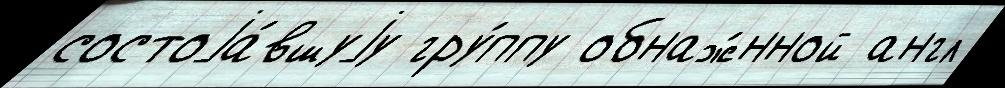
состоjа́вшуjу гру́ппу обнаж́нной англ